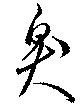
臭